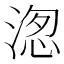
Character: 𭱖